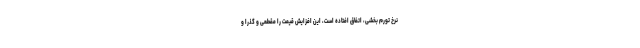
نرخ تورم بخشی، اتفاق افتاده است، این افزایش قیمت را مقطعی و گذرا و